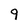
Character: 9